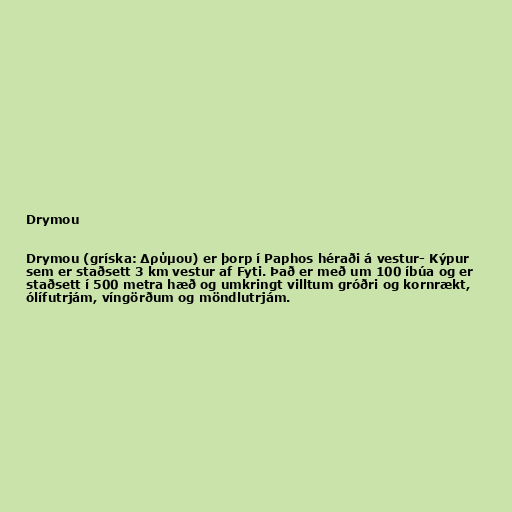
Drymou

Drymou (gríska: Δρύμου) er þorp í Paphos héraði á vestur- Kýpur
sem er staðsett 3 km vestur af Fyti. Það er með um 100 íbúa og er
staðsett í 500 metra hæð og umkringt villtum gróðri og kornrækt,
ólífutrjám, víngörðum og möndlutrjám.